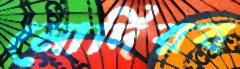
মোদিরব